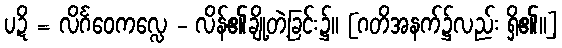
ပဍိ = လိင်္ဂဝေကလ္လေ - လိန်၏ချို့တဲ့ခြင်း၌။ [ဂတိအနက်၌လည်း ရှိ၏။]